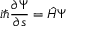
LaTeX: i \hbar \frac { \partial \Psi } { \partial s } = \hat { \cal H } \Psi